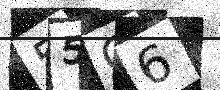
Text: 55C6